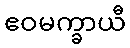
ဧဝမက္ခာယီ